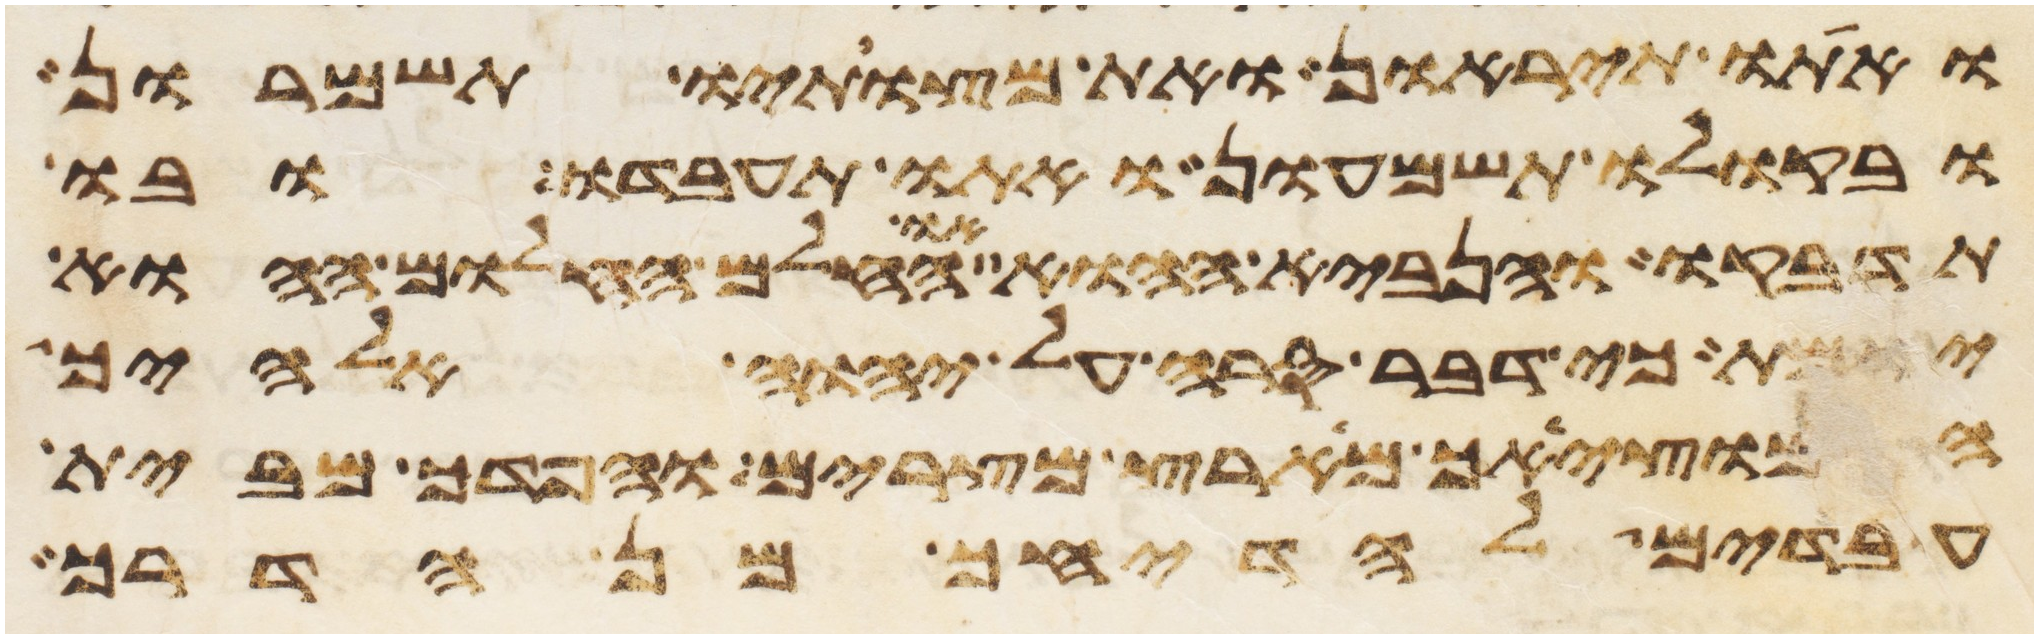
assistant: ואתו תיראון ואת מצותיו תשמרון
ובקולו תשמעון ואתו תעבדו ובו
תדבקו והנביא ההוא או החלם החלום ההוא
יומת כי דבר סרה על יהוה אלהיך
המוציאך מארץ מצרים והפדך מבית
עבדים להדיחך מן הדרך